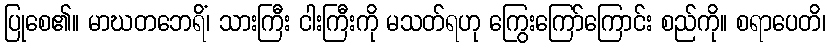
ပြုစေ၏။ မာဃတဘေရိံ၊ သားကြီး ငါးကြီးကို မသတ်ရဟု ကြွေးကြော်ကြောင်း စည်ကို။ စရာပေတိ၊